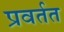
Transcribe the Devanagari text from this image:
प्रवर्तत